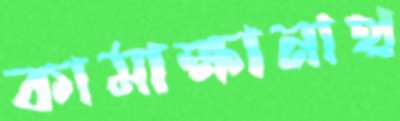
কামাক্ষানাথ